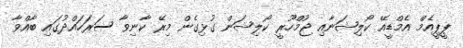
ޕީޕީއެމް އެމްޑީއޭ ކޯލިޝަނާއި ޖުމްހޫރީ ކޯލިޝަން ގުޅިގެން މިރޭ ކާނިވާ ސަރަހައްދުގައި ބާއްވާ